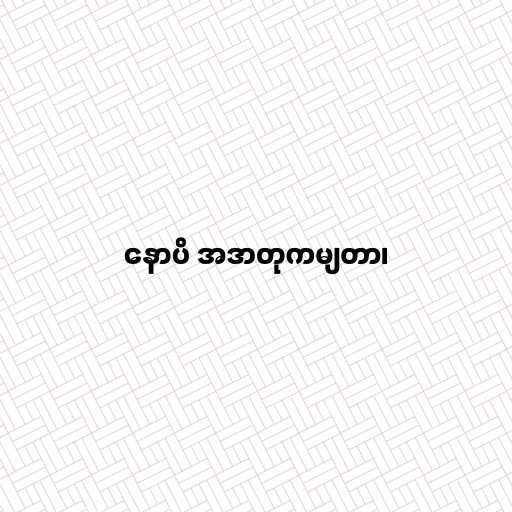
နောပိ အဒာတုကမျတာ၊